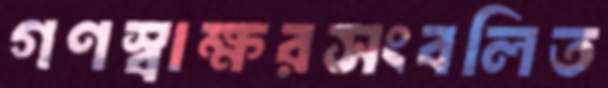
গণস্বাক্ষরসংবলিত